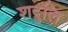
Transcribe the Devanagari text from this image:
शदुलि